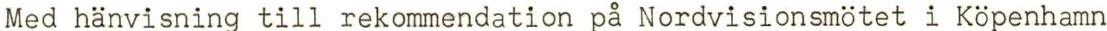
Med hänvisning till rekommendation på Nordvisionsmötet i Köpenhamn